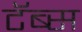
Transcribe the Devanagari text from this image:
टॅब्स